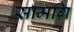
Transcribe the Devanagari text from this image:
सामग्रि